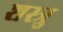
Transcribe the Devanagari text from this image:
शस्त्रु